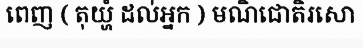
ពេញ ( តុយ្ហំ ដល់អ្នក ) មណិជោតិរសោ